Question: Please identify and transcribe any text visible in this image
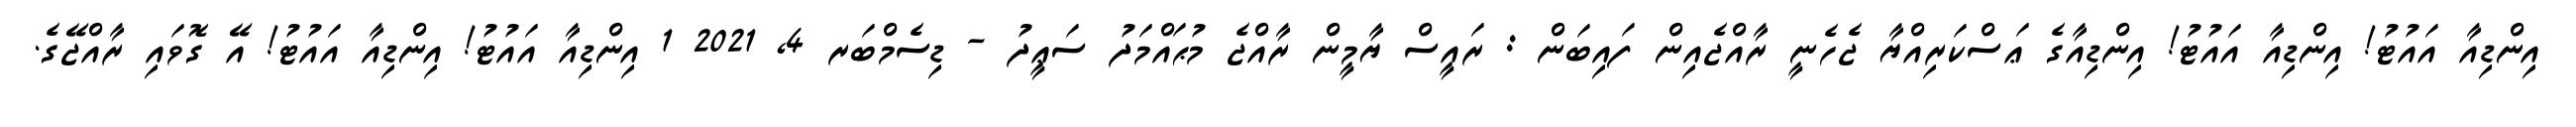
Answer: އިންޑިއާ އައުޓު! އިންޑިއާ އައުޓު! އިންޑިއާގެ ޢަސްކަރިއްޔާ ޖެހެނީ ރާއްޖެއިން ފައިބަން : ރައީސް ޔާމީން ރާއްޖެ މުޙައްމަދު ސަޢީދު - ޑިސެމްބަރ 4, 2021 1 އިންޑިއާ އައުޓު! އިންޑިއާ އައުޓު! އޭ ގޮވައި ރާއްޖޭގެ.